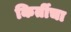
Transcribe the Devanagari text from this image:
किर्तीचा